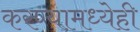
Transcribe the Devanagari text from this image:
करण्यामध्येही